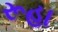
રૂહા